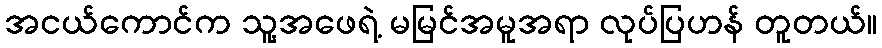
အငယ်ကောင်က သူ့အဖေရဲ့ မမြင်အမူအရာ လုပ်ပြဟန် တူတယ်။